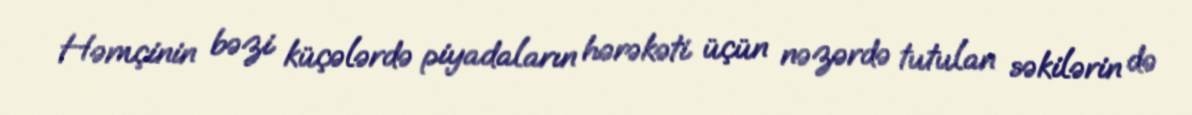
Həmçinin bəzi küçələrdə piyadaların hərəkəti üçün nəzərdə tutulan səkilərin də